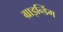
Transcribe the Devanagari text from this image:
ग्राइन्डिंग